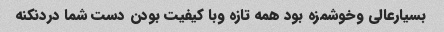
بسیارعالی وخوشمزه بود همه تازه وبا کیفیت بودن دست شما دردنکنه